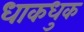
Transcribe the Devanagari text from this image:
धाकधुक